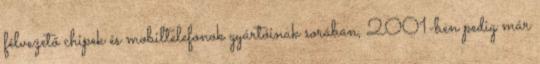
félvezető chipek és mobiltelefonok gyártóinak sorában, 2001-ben pedig már